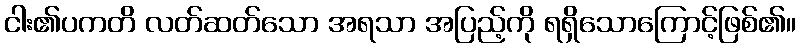
ငါး၏ပကတိ လတ်ဆတ်သော အရသာ အပြည့်ကို ရရှိသောကြောင့်ဖြစ်၏။